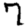
Digit: 7